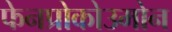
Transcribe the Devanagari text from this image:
फेनप्रोकोउमोन